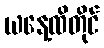
ယနေ့ထိတိုင်